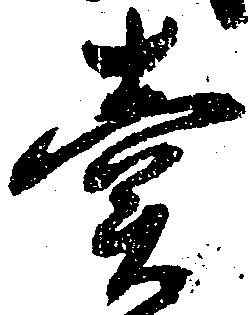
売